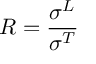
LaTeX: R = \frac { \sigma ^ { L } } { \sigma ^ { T } }